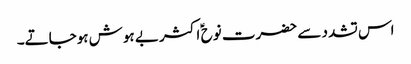
اس تشدد سے حضرت نوح ؑ اکثر بے ہوش ہوجاتے۔